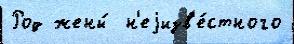
Род жены́  н'еjизв'е́стного